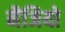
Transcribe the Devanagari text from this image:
नैजियो